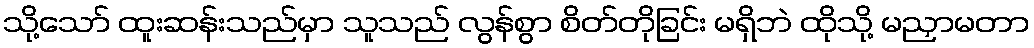
သို့သော် ထူးဆန်းသည်မှာ သူသည် လွန်စွာ စိတ်တိုခြင်း မရှိဘဲ ထိုသို့ မညှာမတာ